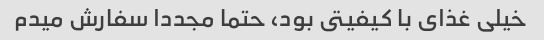
خیلى غذاى با کیفیتى بود، حتما مجددا سفارش میدم